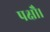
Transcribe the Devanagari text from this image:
पक्षौ।